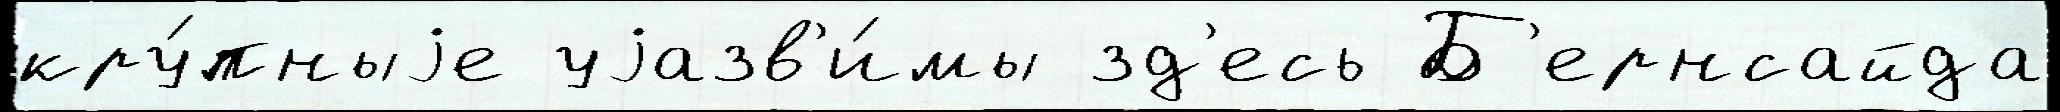
кру́пныjе уjазв'и́мы зд'есь Б'ернсайда